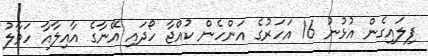
ފިލައިގެން އުޅުނު 16 އަހަރުގެ އަންހެން ކުއްޖާ ހޯދައި އޭނާގެ އާއިލާއާ ހަވާލު